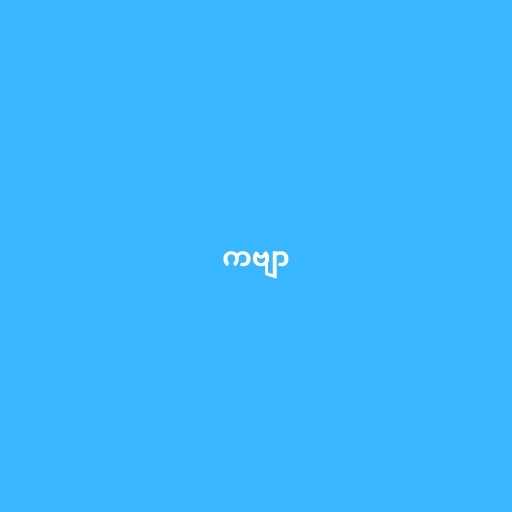
ကဗျာ